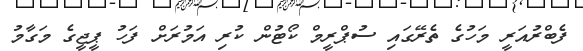
ފެބްރުއަރީ މަހުގެ ތެރޭގައި ސުޕްރީމް ކޯޓުން ކުރި އަމުރަށް ފަހު ޕީޖީގެ މަގާމު